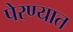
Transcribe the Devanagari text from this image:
पेरण्यात